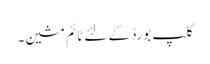
کلپ بورڈ کے لئے ٹائم مشین۔